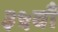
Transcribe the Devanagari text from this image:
३५वाँ